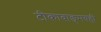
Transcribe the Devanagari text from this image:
टीकावाङ्‌मयही